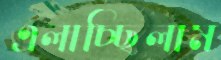
এলাচ্ছিলাম